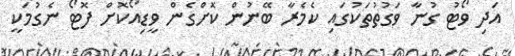
އަދި ވޯޓު ގުނާ ވަގުތުތަކުގައި ކެމެރާ ބޭނުން ކޮށްގެން ވީޑިއޯކޮށް ފޮޓޯ ނެގުމަކީ